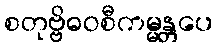
စတုဗ္ဗိဓဝစီကမ္မန္တပေ